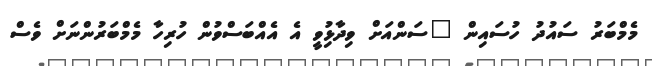
މެމްބަރު ސައުދު ހުސައިން "ސަންއަށް ވިދާޅިުވީ އެ އެއްްބަސްވުން ހުރިހާ މެމްބަރުންނަށް ވެސް